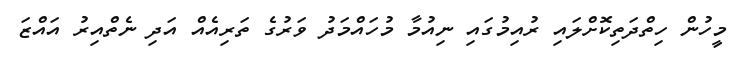
މީހުން ހިތްދަތިކޮށްލައި ރުއިމުގައި ނިއުމާ މުހައްމަދު ވަރުގެ ތަރިއެއް އަދި ނެތްއިރު އައްޒަ